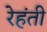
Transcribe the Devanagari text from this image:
रेहंती